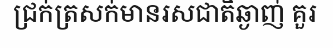
ជ្រក់ត្រសក់មានរសជាតិឆ្ងាញ់ គួរ